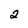
Character: 2